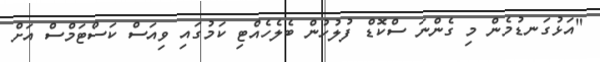
"އަޅުގަނޑުމެން މި ގެންނަ ސްކޮޑް ފުލުހުން ބެލެހެއްޓި ކަމުގައި ވިއަސް ކަސްޓަމްސް އަށް